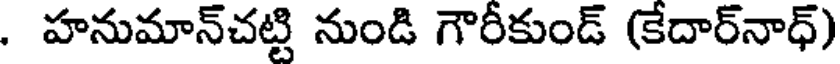
. హనుమాన్చట్టి నుండి గౌరీకుండ్ (కేదార్నాధ్)